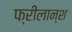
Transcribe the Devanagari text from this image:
फ्रीलान्श